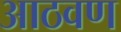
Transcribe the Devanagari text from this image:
अाठवण